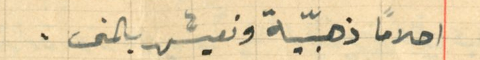
احلاماً ذهبّية ونعيش بالمنى.